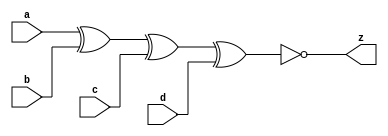
//#############################################################################
//# Function: 4-Input Exclusive-NOr Gate                                      #
//# Copyright: OH Project Authors. ALl rights Reserved.                       #
//# License:  MIT (see LICENSE file in OH repository)                         # 
//#############################################################################

module oh_xnor4 #(parameter DW = 1 ) // array width
   (
    input [DW-1:0]  a,
    input [DW-1:0]  b,
    input [DW-1:0]  c,
    input [DW-1:0]  d,
    output [DW-1:0] z
    );
   
   assign z =  ~(a ^ b ^ c ^ d);
   
endmodule